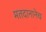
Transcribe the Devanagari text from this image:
मतदानानेच